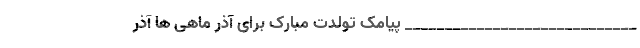
_____________________________ پیامک تولدت مبارک برای آذر ماهی ها آذر